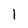
Character: I